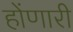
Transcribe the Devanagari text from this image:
होंणारी